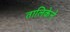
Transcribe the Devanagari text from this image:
तालिकेने